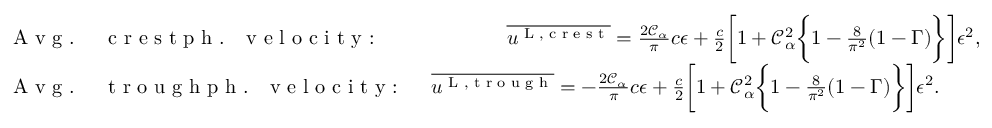
\begin{array} { r l } & { \textrm { A v g . \, \, c r e s t p h . \, v e l o c i t y : \, \, \, \, \, \, \, \, \, \, } \overline { { u ^ { \textnormal { L , c r e s t } } } } = \frac { 2 \mathcal { C } _ { \alpha } } { \pi } c \epsilon + \frac { c } { 2 } \bigg [ 1 + \mathcal { C } _ { \alpha } ^ { 2 } \bigg \{ 1 - \frac { 8 } { \pi ^ { 2 } } ( 1 - \Gamma ) \bigg \} \bigg ] \epsilon ^ { 2 } , } \\ & { \textrm { A v g . \, \, t r o u g h p h . \, v e l o c i t y : \, \, } \overline { { u ^ { \textnormal { L , t r o u g h } } } } = - \frac { 2 \mathcal { C } _ { \alpha } } { \pi } c \epsilon + \frac { c } { 2 } \bigg [ 1 + \mathcal { C } _ { \alpha } ^ { 2 } \bigg \{ 1 - \frac { 8 } { \pi ^ { 2 } } ( 1 - \Gamma ) \bigg \} \bigg ] \epsilon ^ { 2 } . } \end{array}